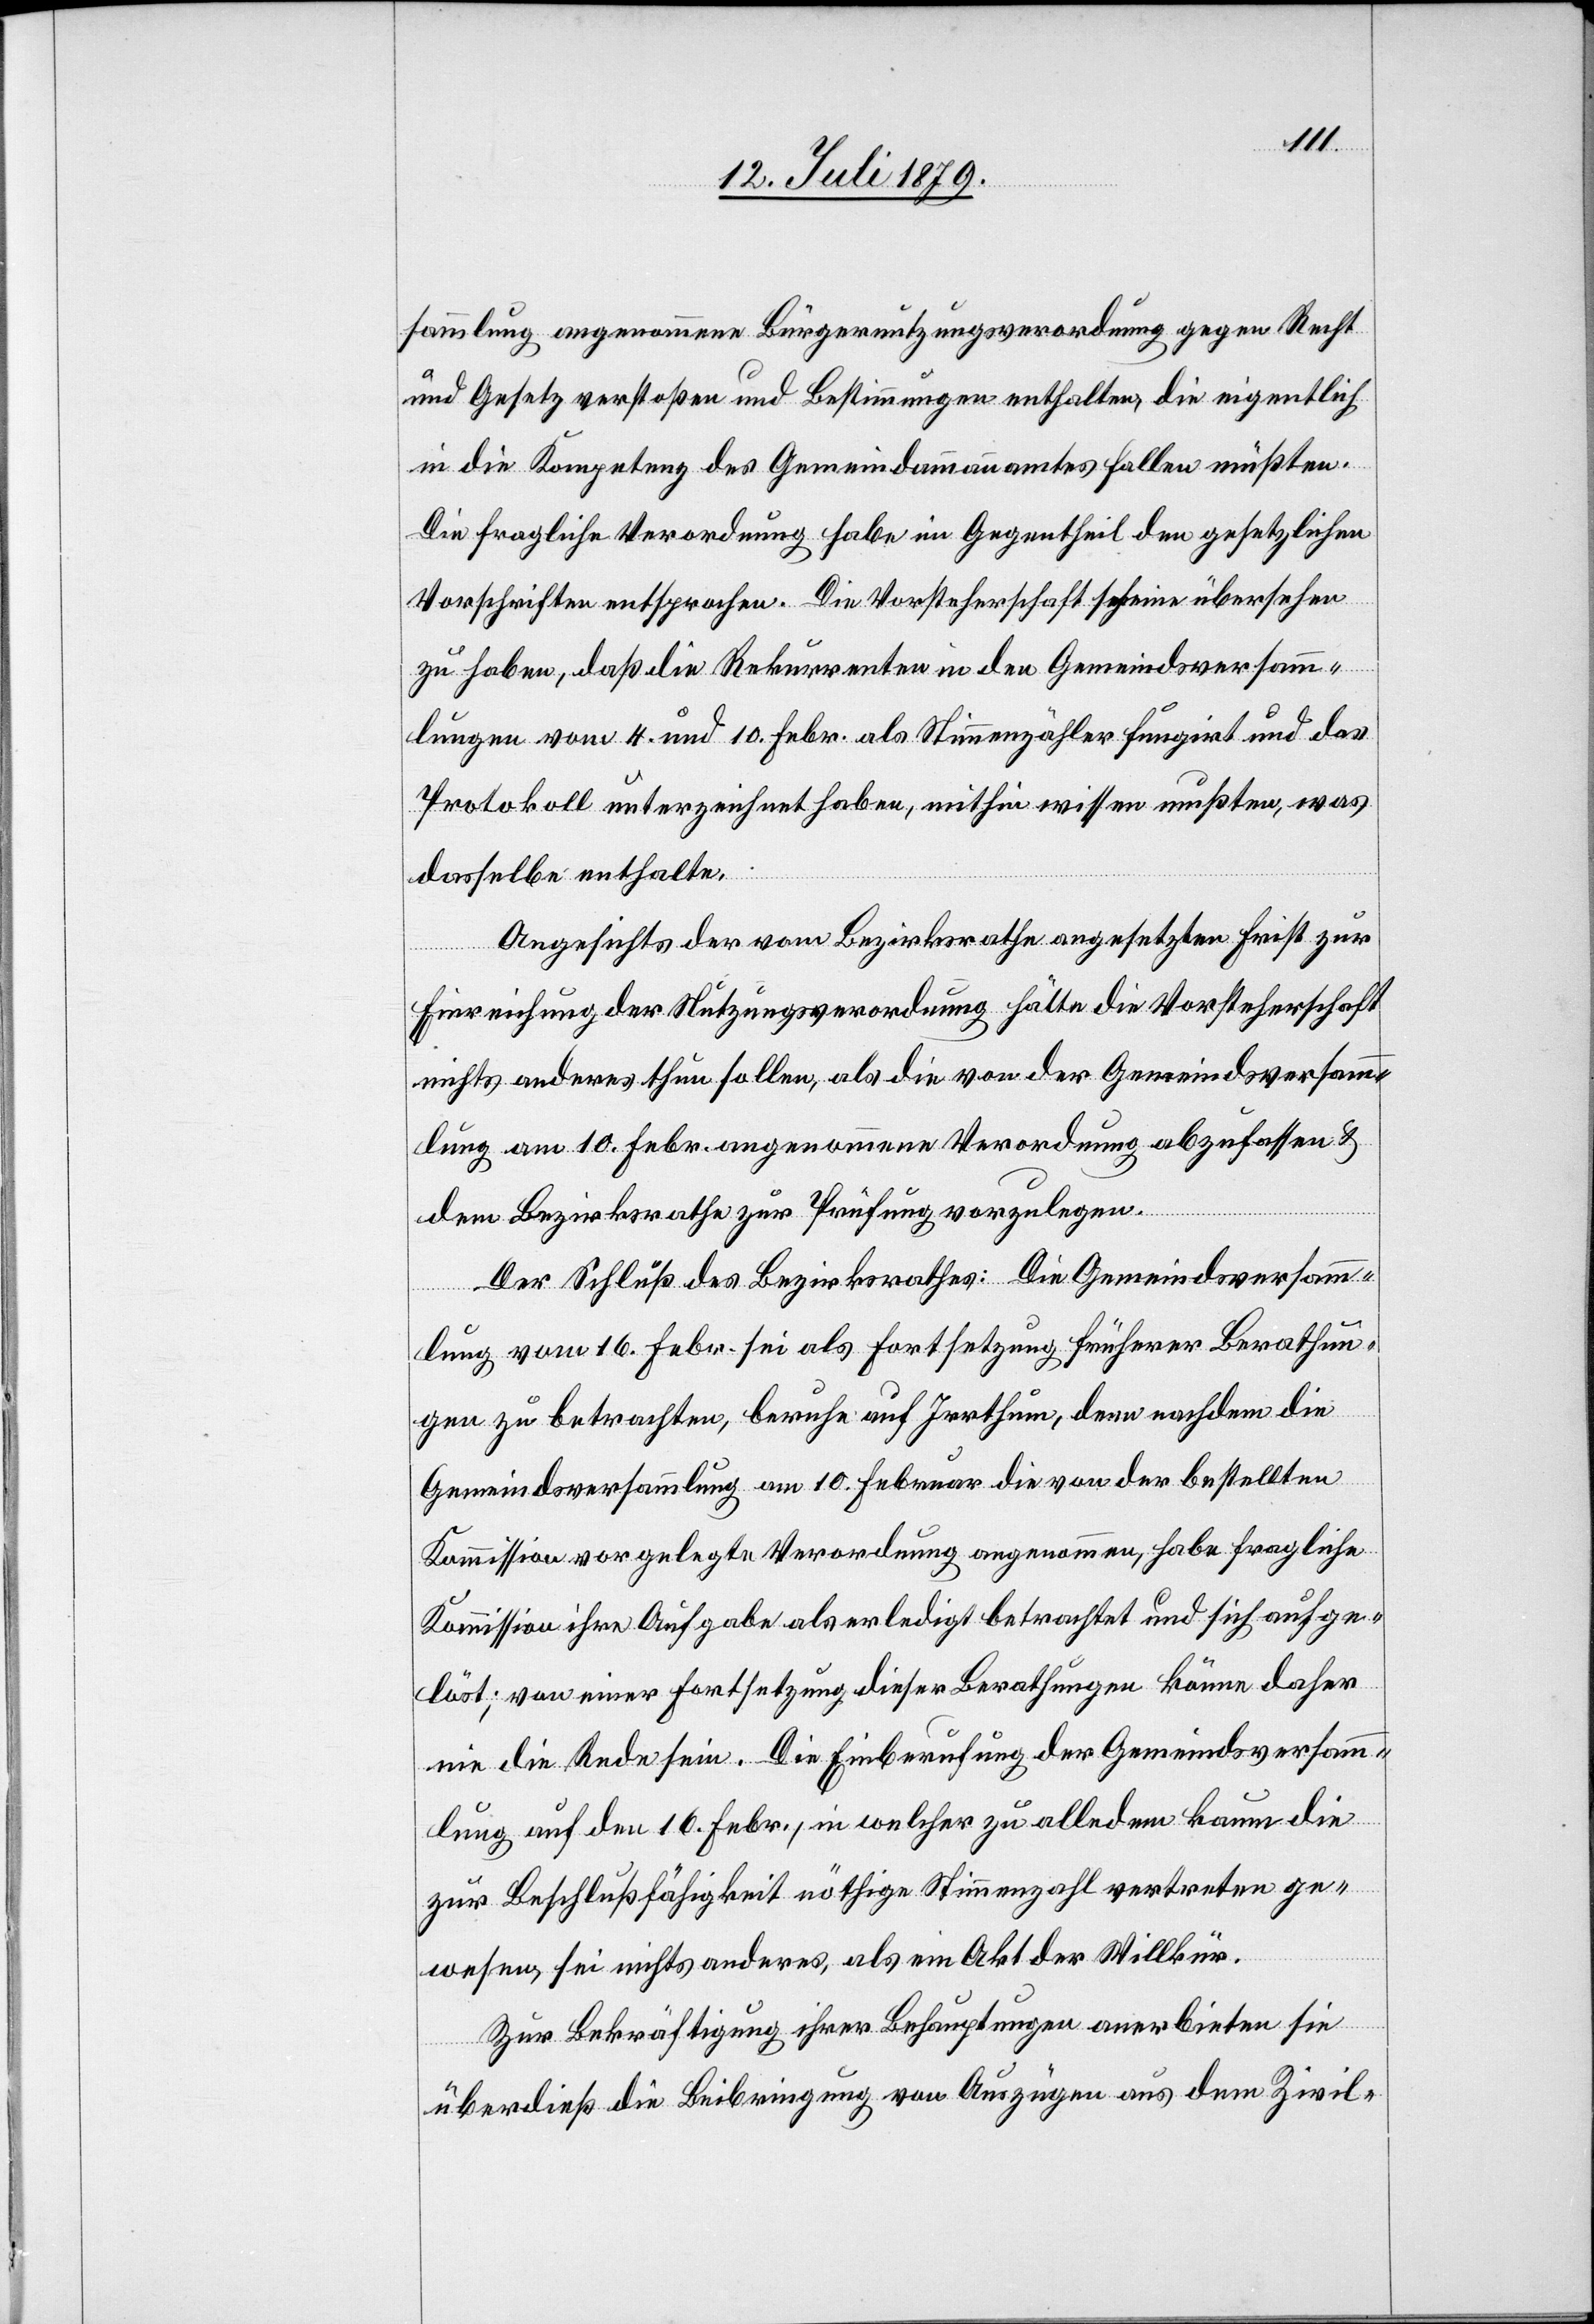
sammlung angenommene Bürgernutzungsverordnung gegen Recht
und Gesetz verstoßen und Bestimmungen enthalten, die eigentlich
in die Kompetenz des Gemeindammannamtes fallen müßten.
Die fragliche Verordnung habe im Gegentheil den gesetzlichen
Vorschriften entsprochen. Die Vorsteherschaft scheine übersehen
zu haben, daß die Rekurrenten in den Gemeindsversamm¬
lungen vom 4. und 10. Febr. als Stimmenzähler fungirt und das
Protokoll unterzeichnet haben, mithin wissen mußten, was
dasselbe enthalte.
Angesichts der vom Bezirksrathe angesetzten Frist zur
Einreichung der Nutzungsverordnung hätte die Vorsteherschaft
nichts anderes thun sollen, als die von der Gemeindsversamm¬
lung am 10. Febr. angenommene Verordnung abzufassen &
dem Bezirksrathe zur Prüfung vorzulegen.
Der Schluß des Bezirksrathes: Die Gemeindsversamm¬
lung vom 16. Febr. sei als Fortsetzung früherer Berathun¬
gen zu betrachten, beruhe auf Irrthum, denn nachdem die
Gemeindsversammlung am 10. Februar die von der bestellten
Kommission vorgelegte Verordnung angenommen, habe fragliche
Kommission ihre Aufgabe als erledigt betrachtet und sich aufge¬
löst; von einer Fortsetzung dieser Berathungen könne daher
nie die Rede sein. Die Einberufung der Gemeindsversamm¬
lung auf den 16. Febr., in welcher zu alledem kaum die
zur Beschlußfähigkeit nöthige Stimmenzahl vertreten ge¬
wesen, sei nichts anderes, als ein Akt der Willkür.
Zur Bekräftigung ihrer Behauptungen anerbieten sie
überdieß die Beibringung von Auszügen aus dem Zivil-